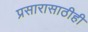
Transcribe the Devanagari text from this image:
प्रसारासाठीही